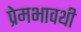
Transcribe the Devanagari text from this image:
प्रेमभावथी